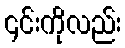
၎င်းကိုလည်း